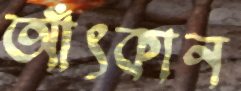
আঁৎকান